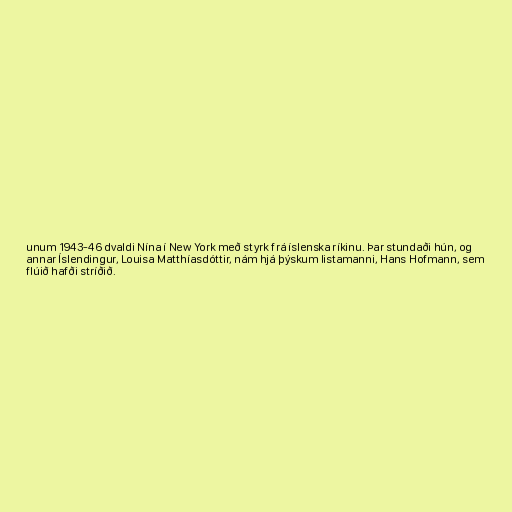
unum 1943-46 dvaldi Nína í New York með styrk frá íslenska ríkinu. Þar stundaði hún, og
annar Íslendingur, Louisa Matthíasdóttir, nám hjá þýskum listamanni, Hans Hofmann, sem
flúið hafði stríðið.